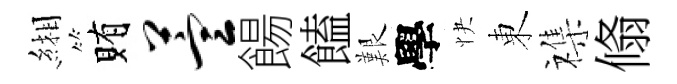
緗賄萱餳饁艱學快東襍翛